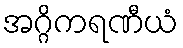
အဂ္ဂိကရဏီယံ